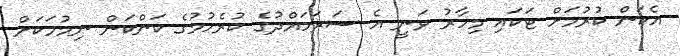
އެކަން ކުރުމަށް ޓަކައި މިހާރު ވަނީ އެ ސަރަހައްދުގެ ކުރެހުމުގެ ކަންކަން ނިމުމަކަށް